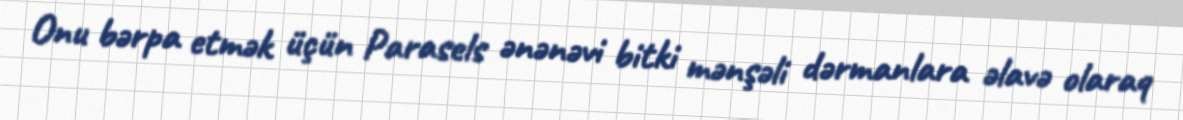
Onu bərpa etmək üçün Parasels ənənəvi bitki mənşəli dərmanlara əlavə olaraq